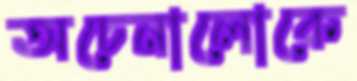
অচেনালোকে